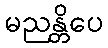
မညန္တိပေ